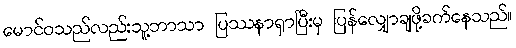
မောင်ဝသည်လည်းသူ့ဘာသာ ပြဿနာရှာပြီးမှ ပြန်လျှောချဖို့ခက်နေသည်။